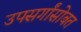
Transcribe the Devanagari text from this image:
उपसर्गांसोबत